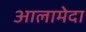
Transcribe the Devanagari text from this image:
आलामेदा